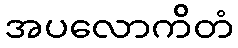
အပလောကိတံ